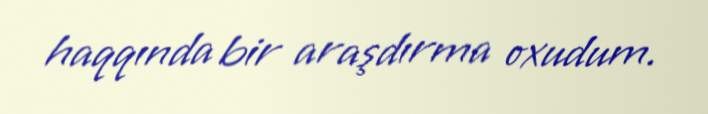
haqqında bir araşdırma oxudum.